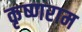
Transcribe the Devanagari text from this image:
कृष्णराम